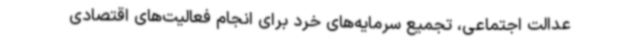
عدالت اجتماعی، تجمیع سرمایه‌های خرد برای انجام فعالیت‌های اقتصادی